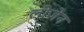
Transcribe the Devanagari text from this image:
लीजेन